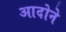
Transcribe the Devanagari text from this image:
आदोने